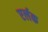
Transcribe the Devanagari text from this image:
एर्लक